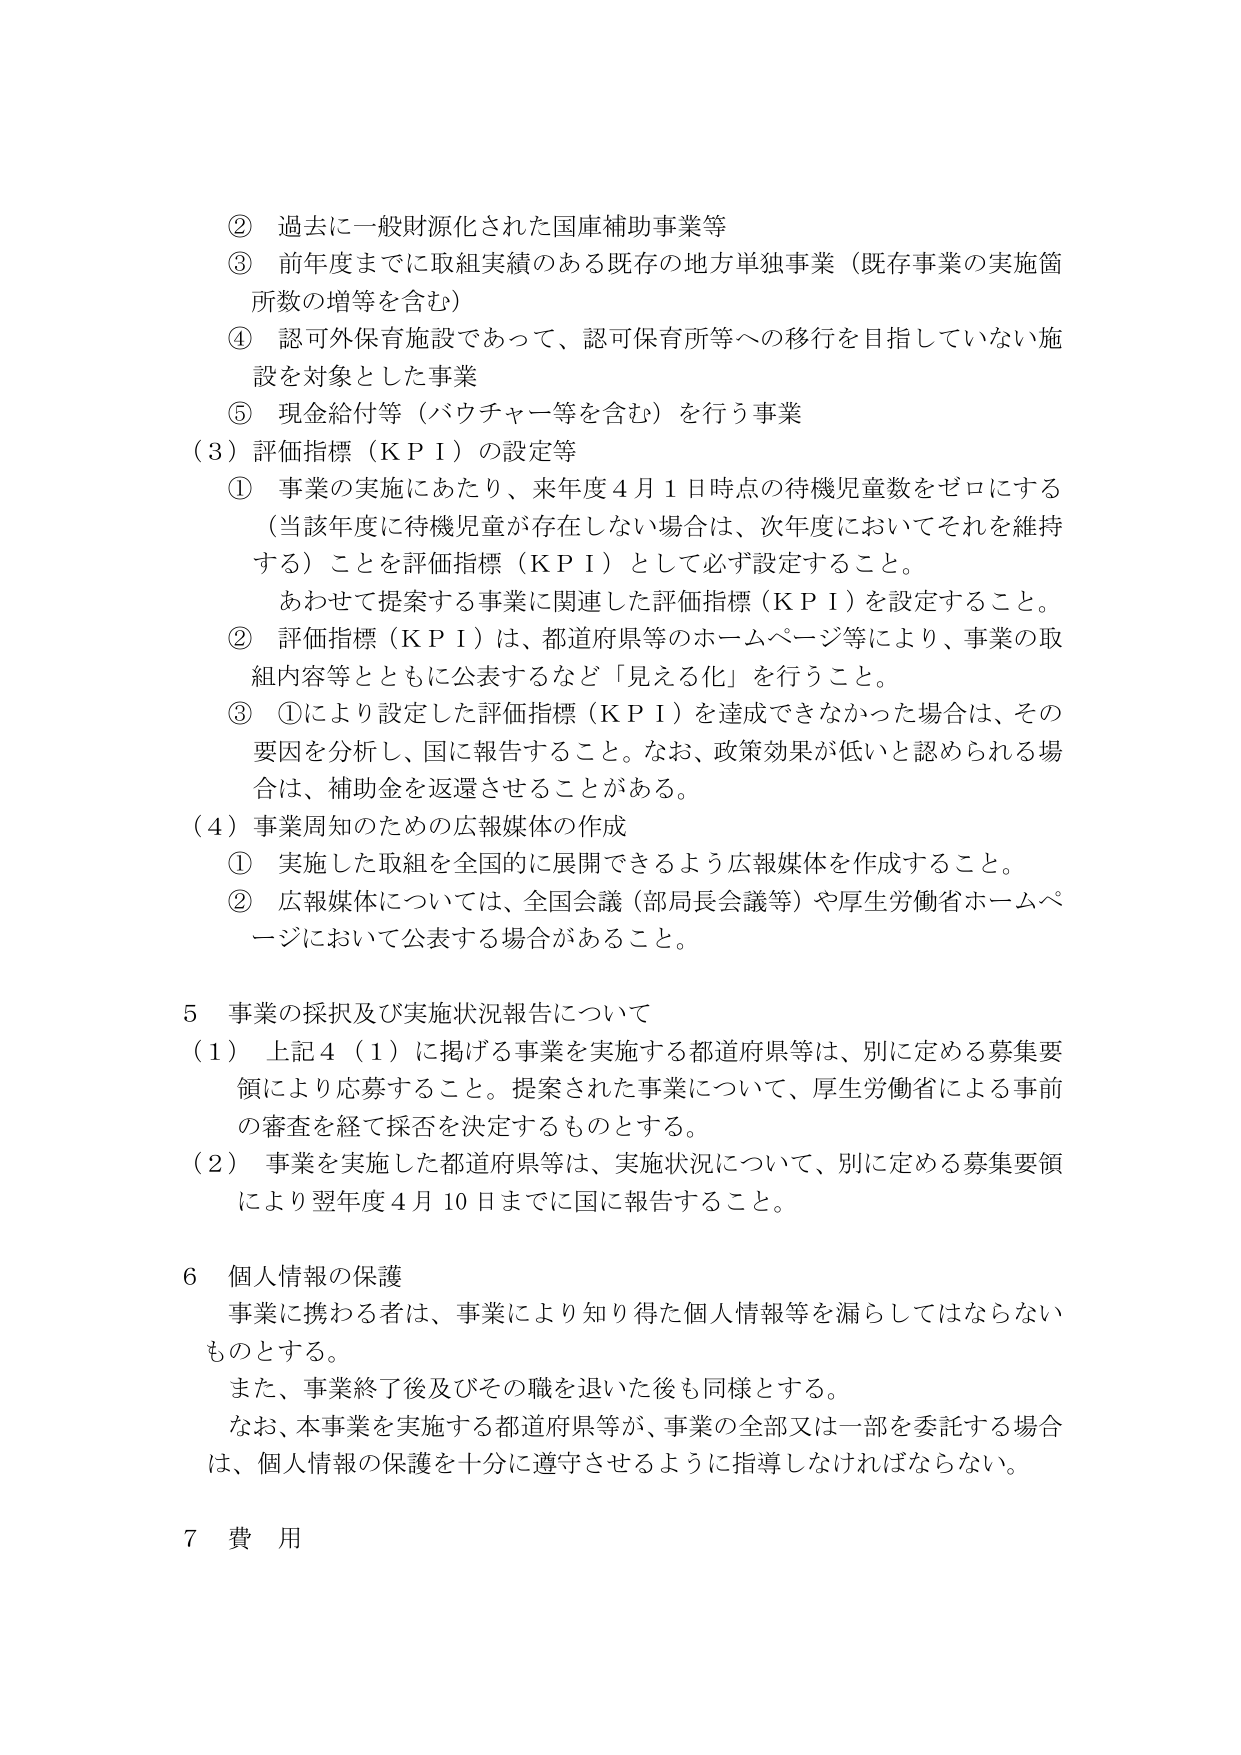
② 過去に一般財源化された国庫補助事業等
③ 前年度までに取組実績のある既存の地方単独事業（既存事業の実施箇所数の増等を含む）
④ 認可外保育施設であって、認可保育所等への移行を目指していない施設を対象とした事業
⑤ 現金給付等（バウチャー等を含む）を行う事業

（3）評価指標（ＫＰＩ）の設定等
① 事業の実施にあたり、来年度４月１日時点の待機児童数をゼロにする（当該年度に待機児童が存在しない場合は、次年度においてそれを維持する）ことを評価指標（ＫＰＩ）として必ず設定すること。
あわせて提案する事業に関連した評価指標（ＫＰＩ）を設定すること。
② 評価指標（ＫＰＩ）は、都道府県等のホームページ等により、事業の取組内容等とともに公表するなど「見える化」を行うこと。
③ ①により設定した評価指標（ＫＰＩ）を達成できなかった場合は、その要因を分析し、国に報告すること。なお、政策効果が低いと認められる場合は、補助金を返還させることがある。

（4）事業周知のための広報媒体の作成
① 実施した取組を全国的に展開できるよう広報媒体を作成すること。
② 広報媒体については、全国会議（部局長会議等）や厚生労働省ホームページにおいて公表する場合があること。

5 事業の採択及び実施状況報告について
（1） 上記4（1）に掲げる事業を実施する都道府県等は、別に定める募集要領により応募すること。提案された事業について、厚生労働省による事前の審査を経て採否を決定するものとする。
（2） 事業を実施した都道府県等は、実施状況について、別に定める募集要領により翌年度４月10日までに国に報告すること。

6 個人情報の保護
事業に携わる者は、事業により知り得た個人情報等を漏らしてはならないものとする。
また、事業終了後及びその職を退いた後も同様とする。
なお、本事業を実施する都道府県等が、事業の全部又は一部を委託する場合は、個人情報の保護を十分に遵守させるように指導しなければならない。

7 費 用